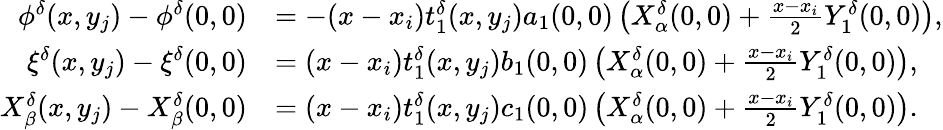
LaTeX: \begin{array}{rl}{\phi^{\delta}(x,y_{j})-\phi^{\delta}(0,0)}&{=-(x-x_{i})t_{1}^{\delta}(x,y_{j})a_{1}(0,0)\left(X_{\alpha}^{\delta}(0,0)+\textstyle\frac{x-x_{i}}{2}Y_{1}^{\delta}(0,0)\right),}\\ {\xi^{\delta}(x,y_{j})-\xi^{\delta}(0,0)}&{=(x-x_{i})t_{1}^{\delta}(x,y_{j})b_{1}(0,0)\left(X_{\alpha}^{\delta}(0,0)+\textstyle\frac{x-x_{i}}{2}Y_{1}^{\delta}(0,0)\right),}\\ {X_{\beta}^{\delta}(x,y_{j})-X_{\beta}^{\delta}(0,0)}&{=(x-x_{i})t_{1}^{\delta}(x,y_{j})c_{1}(0,0)\left(X_{\alpha}^{\delta}(0,0)+\textstyle\frac{x-x_{i}}{2}Y_{1}^{\delta}(0,0)\right).}\end{array}